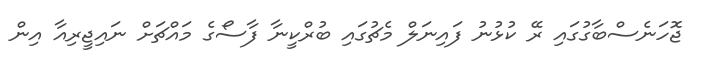
ޖޮހަނެސްބާގުގައި ރޭ ކުޅުނު ފައިނަލް މެޗުގައި ބުރްކީނާ ފާސޯގެ މައްޗަށް ނައިޖީރިއާ އިން